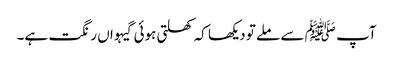
آپ ﷺ سے ملے تو دیکھا کہ کھلتی ہوئی گیہواں رنگت ہے۔